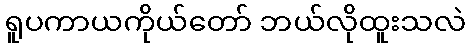
ရူပကာယကိုယ်တော် ဘယ်လိုထူးသလဲ